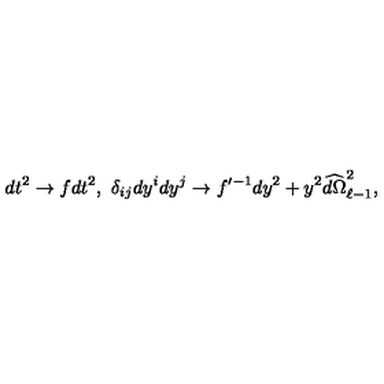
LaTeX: d t ^ { 2 } \to f d t ^ { 2 } , \ \delta _ { i j } d y ^ { i } d y ^ { j } \to f ^ { \prime - 1 } d y ^ { 2 } + y ^ { 2 } \widehat { d \Omega } _ { \ell - 1 } ^ { 2 } ,